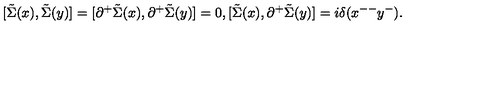
[ \tilde { \Sigma } ( x ) , \tilde { \Sigma } ( y ) ] = [ { \partial } ^ { + } \tilde { \Sigma } ( x ) , { \partial } ^ { + } \tilde { \Sigma } ( y ) ] = 0 , [ \tilde { \Sigma } ( x ) , { \partial } ^ { + } \tilde { \Sigma } ( y ) ] = i { \delta } ( x ^ { -- } y ^ { - } ) .